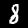
Digit: 8